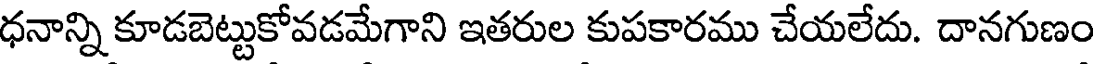
ధనాన్ని కూడబెట్టుకోవడమేగాని ఇతరుల కుపకారము చేయలేదు. దానగుణం